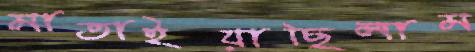
মাতাইয়াছিলাম